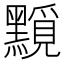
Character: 𪒐